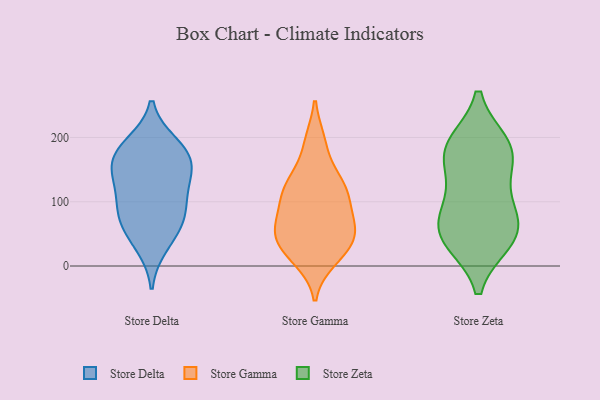
{"axis": {"x": "Waste Production (Tons)", "y": "Value"}, "legend": ["Store Delta", "Store Gamma", "Store Zeta"], "data": [{"x": "", "y": 138, "type": "Store Delta"}, {"x": "", "y": 119, "type": "Store Delta"}, {"x": "", "y": 151, "type": "Store Delta"}, {"x": "", "y": 32, "type": "Store Delta"}, {"x": "", "y": 95, "type": "Store Delta"}, {"x": "", "y": 76, "type": "Store Delta"}, {"x": "", "y": 157, "type": "Store Delta"}, {"x": "", "y": 177, "type": "Store Delta"}, {"x": "", "y": 79, "type": "Store Delta"}, {"x": "", "y": 189, "type": "Store Delta"}, {"x": "", "y": 56, "type": "Store Delta"}, {"x": "", "y": 179, "type": "Store Delta"}, {"x": "", "y": 102, "type": "Store Gamma"}, {"x": "", "y": 59, "type": "Store Gamma"}, {"x": "", "y": 125, "type": "Store Gamma"}, {"x": "", "y": 126, "type": "Store Gamma"}, {"x": "", "y": 60, "type": "Store Gamma"}, {"x": "", "y": 21, "type": "Store Gamma"}, {"x": "", "y": 43, "type": "Store Gamma"}, {"x": "", "y": 55, "type": "Store Gamma"}, {"x": "", "y": 10, "type": "Store Gamma"}, {"x": "", "y": 57, "type": "Store Gamma"}, {"x": "", "y": 13, "type": "Store Gamma"}, {"x": "", "y": 193, "type": "Store Gamma"}, {"x": "", "y": 98, "type": "Store Gamma"}, {"x": "", "y": 141, "type": "Store Gamma"}, {"x": "", "y": 126, "type": "Store Gamma"}, {"x": "", "y": 33, "type": "Store Gamma"}, {"x": "", "y": 46, "type": "Store Gamma"}, {"x": "", "y": 193, "type": "Store Gamma"}, {"x": "", "y": 82, "type": "Store Gamma"}, {"x": "", "y": 114, "type": "Store Gamma"}, {"x": "", "y": 48, "type": "Store Zeta"}, {"x": "", "y": 60, "type": "Store Zeta"}, {"x": "", "y": 177, "type": "Store Zeta"}, {"x": "", "y": 89, "type": "Store Zeta"}, {"x": "", "y": 183, "type": "Store Zeta"}, {"x": "", "y": 188, "type": "Store Zeta"}, {"x": "", "y": 46, "type": "Store Zeta"}, {"x": "", "y": 111, "type": "Store Zeta"}, {"x": "", "y": 168, "type": "Store Zeta"}, {"x": "", "y": 40, "type": "Store Zeta"}]}